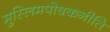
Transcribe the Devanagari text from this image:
मुस्लिमपोषकनीति